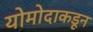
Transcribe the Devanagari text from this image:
योमोदाकडून